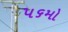
૫૬મો